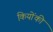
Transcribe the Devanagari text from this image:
कियोंकी